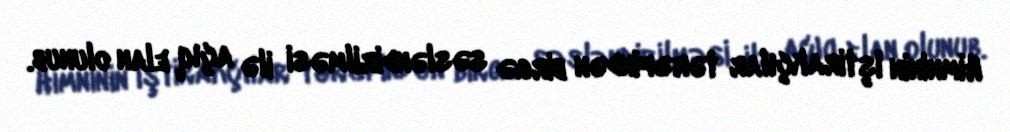
Himninin iştirakçılar tərəfindən birgə səsləndirilməsi ilə açıq elan olunub.